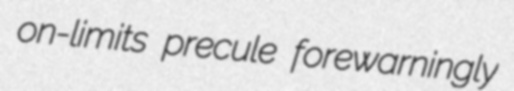
on-limits precule forewarningly